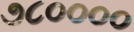
૭૮૦૦૦૦